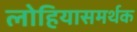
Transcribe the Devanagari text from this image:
लोहियासमर्थक